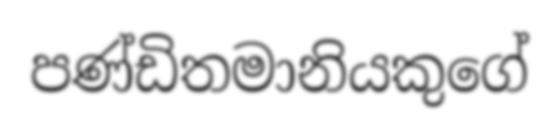
පණ්ඩිතමානියකුගේ